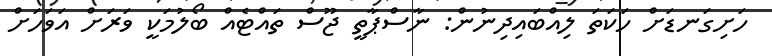
ހަށިގަނޑަށް ހަކަތަ ލިއްބައިދިނުން: ނާސްޕާތީ ޖޫސް ތައްޓެއް ބޯލުމަކީ ވަރަށް އަވަހަށް